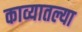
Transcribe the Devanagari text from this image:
काव्यातल्या